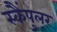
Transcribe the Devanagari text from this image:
स्कैंपुलर